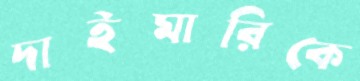
দাইমারিকে